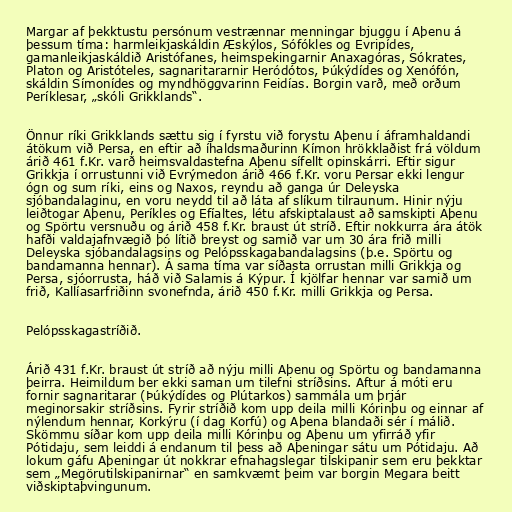
Margar af þekktustu persónum vestrænnar menningar bjuggu í Aþenu á
þessum tíma: harmleikjaskáldin Æskýlos, Sófókles og Evripídes,
gamanleikjaskáldið Aristófanes, heimspekingarnir Anaxagóras, Sókrates,
Platon og Aristóteles, sagnaritararnir Heródótos, Þúkýdídes og Xenófón,
skáldin Símonídes og myndhöggvarinn Feidías. Borgin varð, með orðum
Períklesar, „skóli Grikklands“.

Önnur ríki Grikklands sættu sig í fyrstu við forystu Aþenu í áframhaldandi
átökum við Persa, en eftir að íhaldsmaðurinn Kímon hrökklaðist frá völdum
árið 461 f.Kr. varð heimsvaldastefna Aþenu sífellt opinskárri. Eftir sigur
Grikkja í orrustunni við Evrýmedon árið 466 f.Kr. voru Persar ekki lengur
ógn og sum ríki, eins og Naxos, reyndu að ganga úr Deleyska
sjóbandalaginu, en voru neydd til að láta af slíkum tilraunum. Hinir nýju
leiðtogar Aþenu, Períkles og Efíaltes, létu afskiptalaust að samskipti Aþenu
og Spörtu versnuðu og árið 458 f.Kr. braust út stríð. Eftir nokkurra ára átök
hafði valdajafnvægið þó lítið breyst og samið var um 30 ára frið milli
Deleyska sjóbandalagsins og Pelópsskagabandalagsins (þ.e. Spörtu og
bandamanna hennar). Á sama tíma var síðasta orrustan milli Grikkja og
Persa, sjóorrusta, háð við Salamis á Kýpur. Í kjölfar hennar var samið um
frið, Kallíasarfriðinn svonefnda, árið 450 f.Kr. milli Grikkja og Persa.

Pelópsskagastríðið.

Árið 431 f.Kr. braust út stríð að nýju milli Aþenu og Spörtu og bandamanna
þeirra. Heimildum ber ekki saman um tilefni stríðsins. Aftur á móti eru
fornir sagnaritarar (Þúkýdídes og Plútarkos) sammála um þrjár
meginorsakir stríðsins. Fyrir stríðið kom upp deila milli Kórinþu og einnar af
nýlendum hennar, Korkýru (í dag Korfú) og Aþena blandaði sér í málið.
Skömmu síðar kom upp deila milli Kórinþu og Aþenu um yfirráð yfir
Pótidaju, sem leiddi á endanum til þess að Aþeningar sátu um Pótidaju. Að
lokum gáfu Aþeningar út nokkrar efnahagslegar tilskipanir sem eru þekktar
sem „Megörutilskipanirnar“ en samkvæmt þeim var borgin Megara beitt
viðskiptaþvingunum.